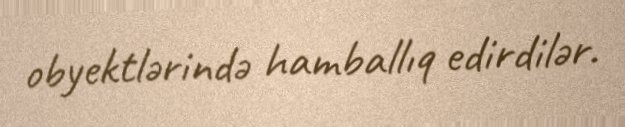
obyektlərində hamballıq edirdilər.